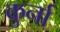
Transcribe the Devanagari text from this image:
कुर्ना